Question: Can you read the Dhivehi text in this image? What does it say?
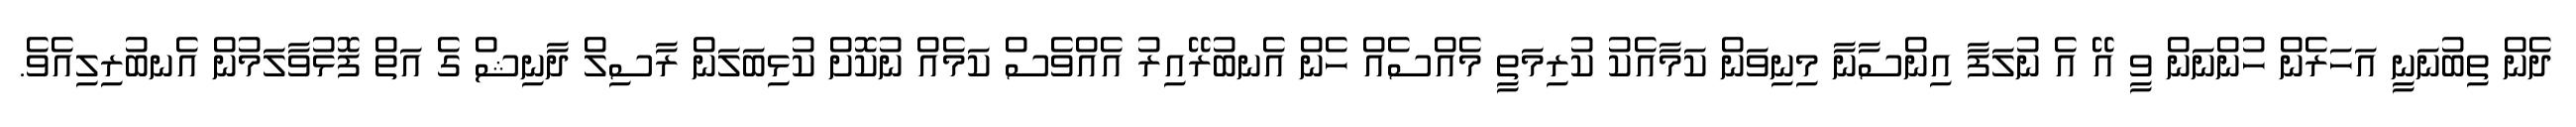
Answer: ދެން ތިބުނަނީ އަހަރެން ހުންނަން ވީ އޭ އެ ނުލަފާ އިންސާނާ މިނިވަން ކަމާއެކު ކުރިމަތީ މެއްސެއް ހެން އެނބުރޭއިރު އެއްވެސް ކަމެއް ނުކޮށް ކުޅިބަލަން ރާސިލް ދާނިޝް ގެ އަތް ފޮޅުވާލަމުން އެނބުރިލިއެވެ.